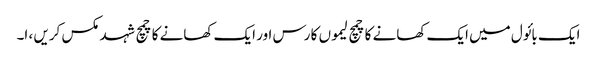
ایک بائول میں ایک کھانے کا چمچ لیموں کا رس اور ایک کھانے کا چمچ شہد مکس کریں ، ا۔